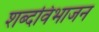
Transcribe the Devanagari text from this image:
शब्दविभाजन